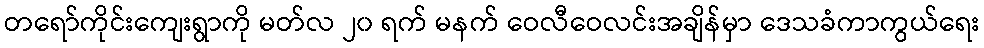
တရော်ကိုင်းကျေးရွာကို မတ်လ ၂၀ ရက် မနက် ဝေလီဝေလင်းအချိန်မှာ ဒေသခံကာကွယ်ရေး